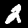
Label: 2